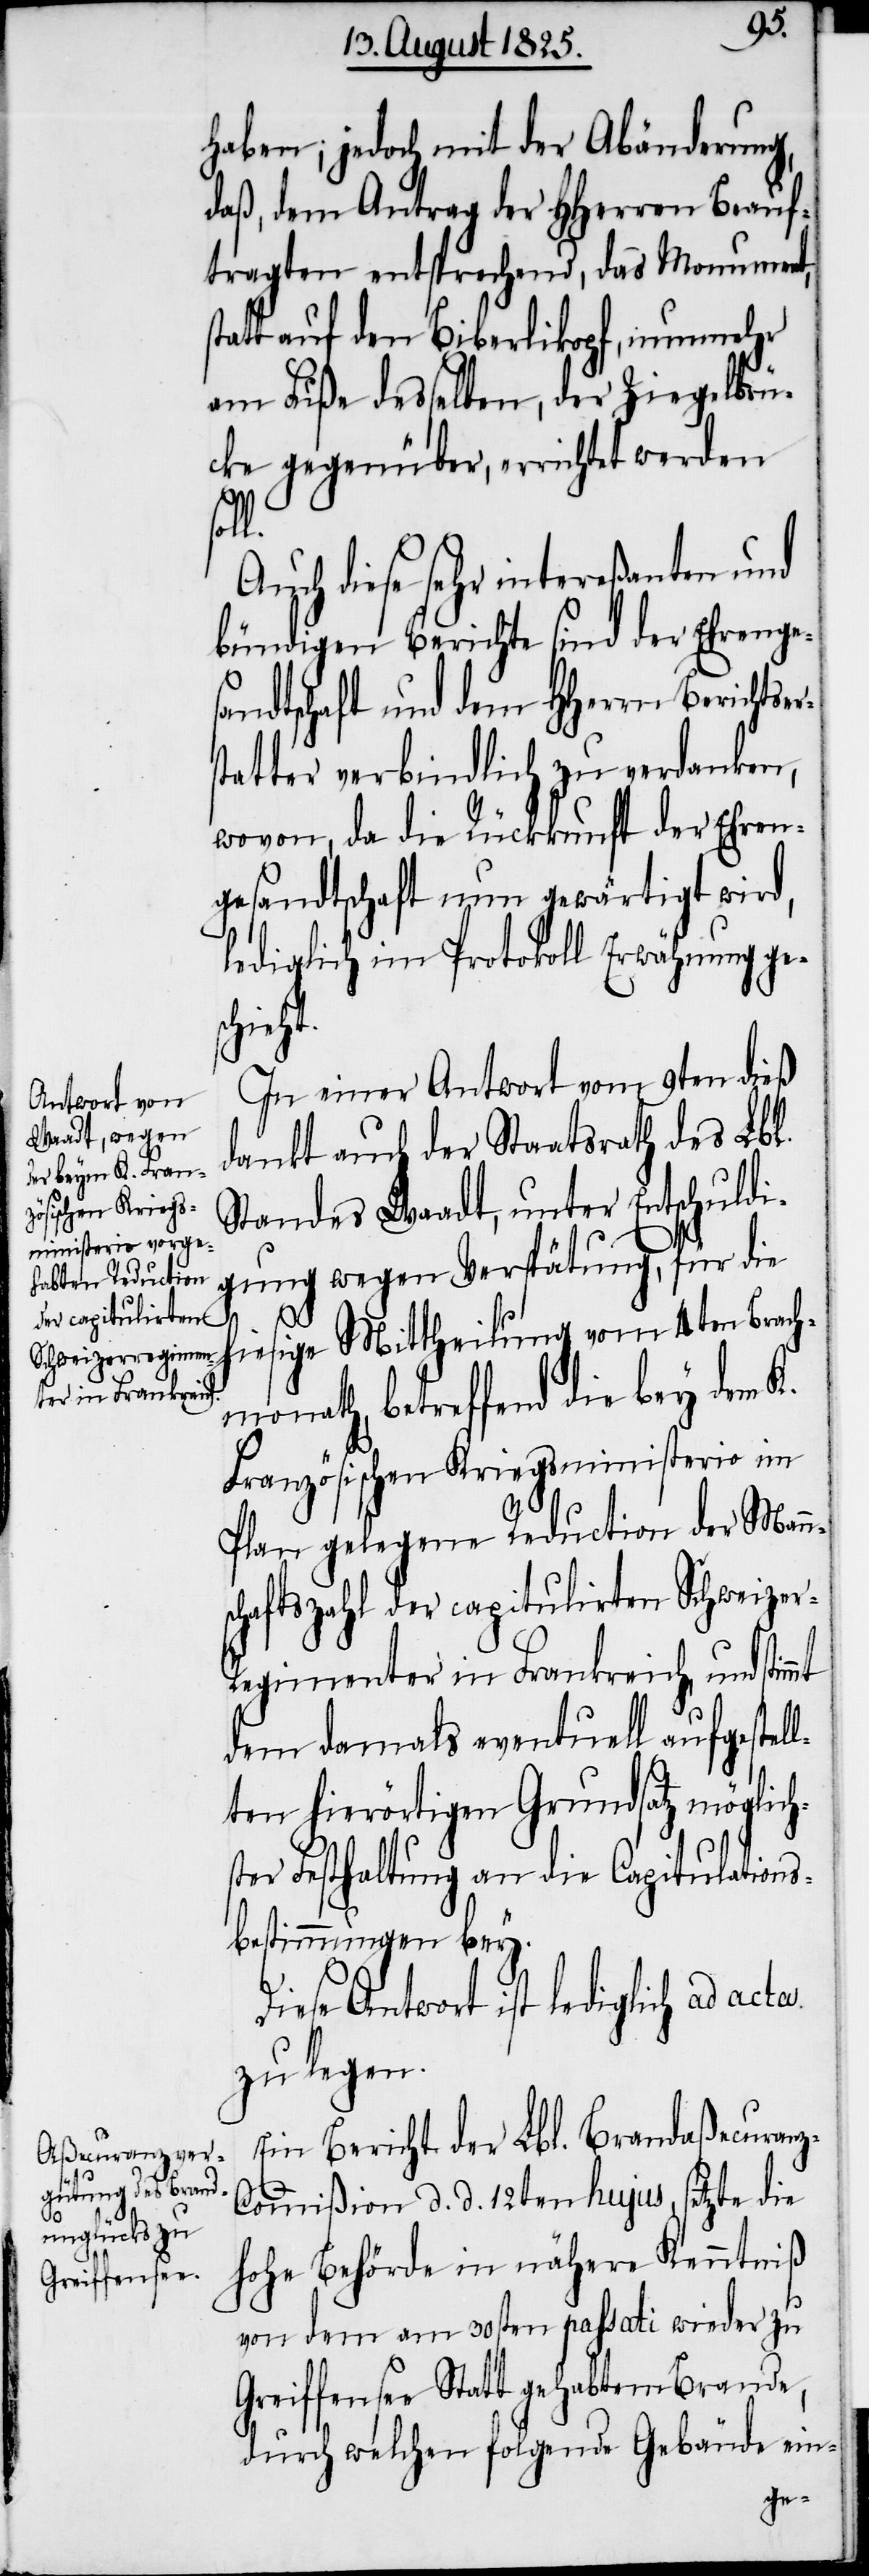
rs¬
haben; jedoch mit der Abänderung,
daß, dem Antrag der Hherren Beauf¬
tragten entsprechend, das Monument,
tatt auf den Biberlikopf, nunmehr
am Fuße desselben, der Ziegelbrü¬
cke gegenüber, errichtet werden
l.
Auch diese sehr intereßanten und
bündigen Berichte sind der Ehrenge¬
sandtschaft und dem Hherrn Berichtse¬
tatter verbindlich zu verdanken,
wovon, da die Rückkunft der Ehren¬
gesandtschaft nun gewärtigt wird,
lediglich im Protokoll Erwähnung ges¬
chieht.
In einer Antwort vom 9ten dieß
dankt auch der Staatsrath des Lbl.
Standes Waadt, unter Entschuldi¬
gung wegen Verspätung, für die
z-C¬
iesige Mittheilung vom 4ten Brach¬
monath, betreffend die bey dem K.
Französischen Kriegsministerio im
Plan gelegene Reduction der Mann¬
schaftszahl der capitulirten Schweize¬
egimenter in Frankreich, und stim¬
dem damals eventuelle aufgestell¬
ten hierörtigen Grundsatz möglich¬
ter Festhaltung an die Capitulations¬
bestimmungen bey.
Diese Antwort ist lediglich ad acta
zu legen.
Ein Bericht der Lbl. Brandaßecuran¬
ommißion d. d. 12ten hujus, setzt die
hohe Behörde in nähere Kenntniß
von dem am 30sten passati wieder zu
Greiffensee Statt gehabtem Brande,
durch welchen folgende Gebäude ein-